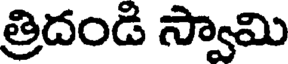
త్రిదండి స్వామి